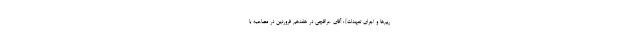
ریم‌ها و اجرای تعهدات}: آقای عراقچی در هفدهم فروردین در مصاحبه با